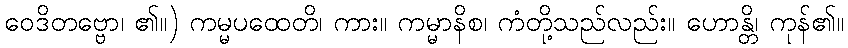
ဝေဒိတဗ္ဗော၊ ၏။) ကမ္မပထေတိ၊ ကား။ ကမ္မာနိစ၊ ကံတို့သည်လည်း။ ဟောန္တိ၊ ကုန်၏။